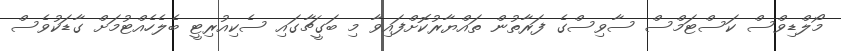
މޯލްޑިވްސް ކަސްޓަމްސް ސާވިސްގެ ފަރާތުން ތައްޔާރުކޮށްފައިވާ މި ބަގީޗާގައި ސެކިއުރިޓީ ބެލެހެއްޓުމަށް ގާޑަކުވެސް